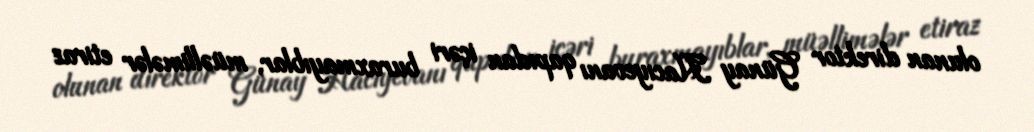
olunan direktor Günay Hacıyevanı qapıdan içəri buraxmayıblar, müəllimələr etiraz